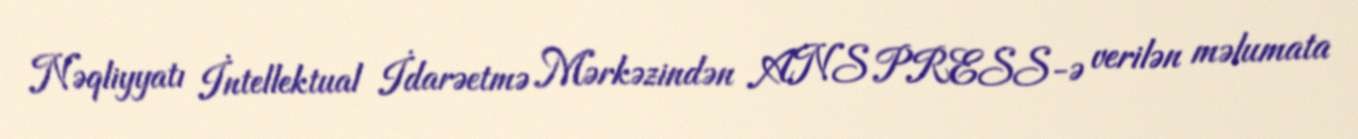
Nəqliyyatı İntellektual İdarəetmə Mərkəzindən ANS PRESS-ə verilən məlumata